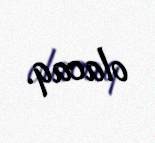
olacaq.